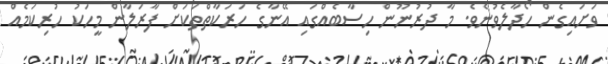
ވަށައިގެން ހޯދާލެވުނެވެ. މާ ދުރުނޫން ހިސާބެއްގައި އޭނާގެ ހަރަކާތްތަކަށް ފާރަލާން މީހަކު ހުރިކަމެއް